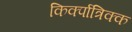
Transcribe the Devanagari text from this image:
किर्क्पात्रिक्क